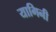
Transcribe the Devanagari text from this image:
यागिनी